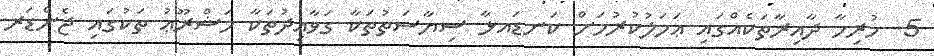
5. ހުރިހާ ދާއިރާތަކެއްގައި ޢަމަލުކުރުމަށް ކަނޑައޅާ ސިޔާސަތުތަކާ ގަވާއިދުތަކާ މަޝްރޫޢު ތަކުގައި ޖެންޑަރ